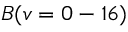
B ( v = 0 - 1 6 )